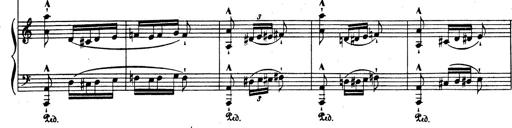
Title: Rhapsodie espagnole
Composer: Franz Liszt